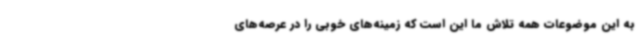
به این موضوعات همه تلاش ما این است که زمینه‌های خوبی را در عرصه‌های